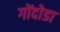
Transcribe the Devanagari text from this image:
गोंदोडा